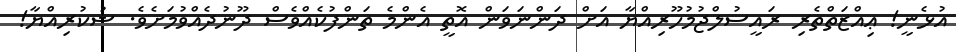
އުޅެނީ! ޢިއްޒަތްތެރި ރައީސުލްޖުމުހޫރިއްޔާ އަށް ދަންނަވަން އޮތީ އެންމެ ތަންފުކެއްވެސް ދޫނުދެއްވުމަށެވެ. ޝުކުރިއްޔާ!